Scottish Leaving Certificate Examination, 1952
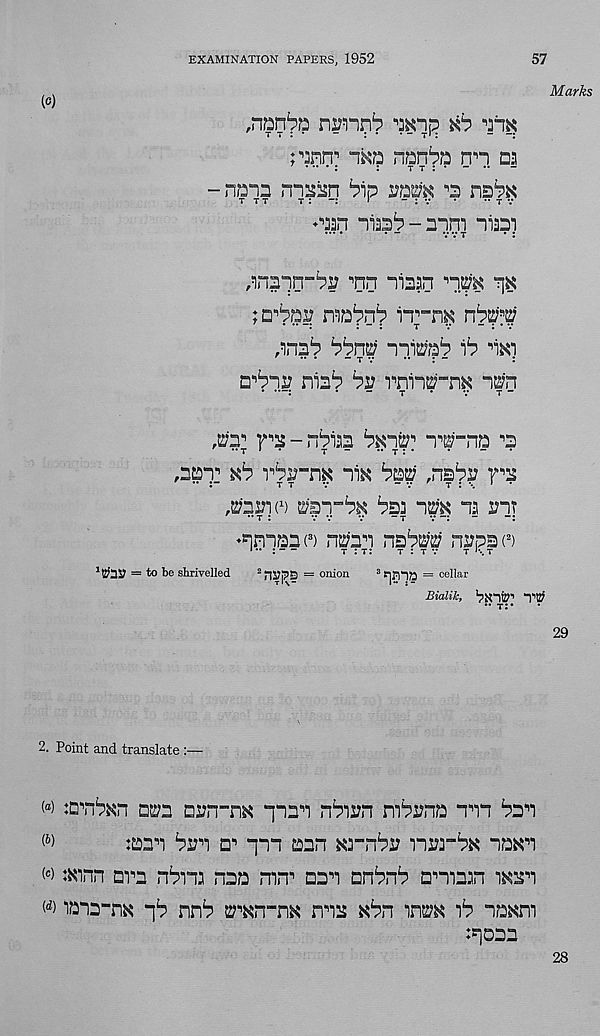
EXAMINATION PAPERS, 1952
57
Marks
,nan^Q nimn^
'nx
t t : *
~
:• • - t* :
-
r^nn 1
nn aa
/.....
.
T T J * -
- nana maisn ^ip raax ^ nsPK
^an niaa^-apm niaai
/mprr^i? ^nn niaan n.^
ja^ai? naa^n^ iT-n^
,ana^ bbm miaap )b Pki
•• *
-tv
•• : -
:
a^ns? niab
rnina-n^ n^n
. ..-.
.
-
T
*
V
T -
,a:r
- nPiaa
p^-na ^
,aap:
niK
r?
'tiiyy 1 )
baa
na ant
♦nmaao nran na^ napa( 2 )
1 *• : —
t : t:
t : t v
t '•..t
1 t^!lS? = to be shrivelled
2 ni?p 5 S = onion
3 f|D‘1/2 = cellar
Bialik, VNltC” ‘T’ttf
.. T ..
2. Point and translate :—
w :D'n^n as;2 nvrr-m “pan n^irn rnPana nm Pan
:aan ^i?n a n pm ann xa-n^a nra-bx na^n
(c) *mnn ara nbna naa mn 1 nan ar6r6 amaan wasn
w lana-m p^ nn^ a^n-nK mis *6n ins;^
na^m
:poaa
28